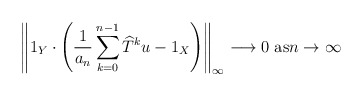
\begin{align*}\left\Vert 1_{Y}\cdot\left( \frac{1}{a_{n}}\sum_{k=0}^{n-1}\widehat{T}^{k}u-1_{X}\right) \right\Vert _{\infty}\longrightarrow0\text{ as}n\rightarrow\infty\end{align*}